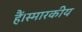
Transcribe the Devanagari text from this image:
हैं।स्मारकीय